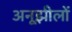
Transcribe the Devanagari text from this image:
अनूझीलों